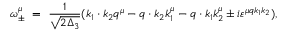
\omega _ { \pm } ^ { \mu } \ = \ \frac { 1 } { \sqrt { 2 \Delta _ { 3 } } } ( k _ { 1 } \cdot k _ { 2 } q ^ { \mu } - q \cdot k _ { 2 } k _ { 1 } ^ { \mu } - q \cdot k _ { 1 } k _ { 2 } ^ { \mu } \pm i \varepsilon ^ { \mu q k _ { 1 } k _ { 2 } } ) ,